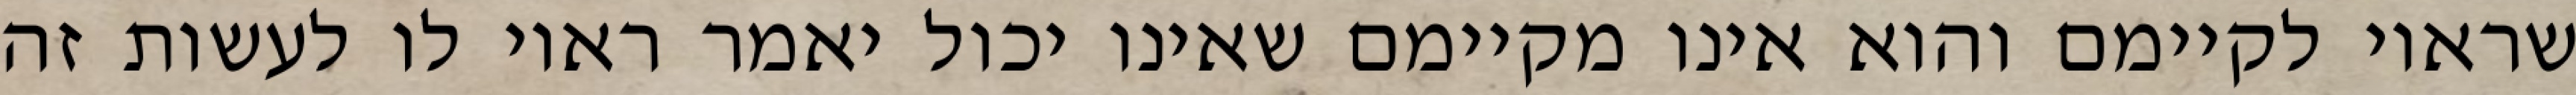
שראוי לקיימם והוא אינו מקיימם שאינו יכול יאמר ראוי לו לעשות זה